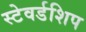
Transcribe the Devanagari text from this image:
स्टेवर्डशिप